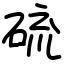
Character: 硫